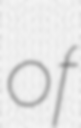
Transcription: of